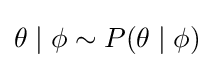
\theta \mid \phi \sim P(\theta \mid \phi )